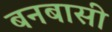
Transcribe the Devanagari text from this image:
बनबासी